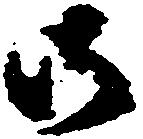
御